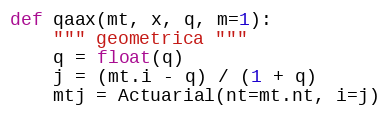
Language: Python
def qaax(mt, x, q, m=1):
    """ geometrica """
    q = float(q)
    j = (mt.i - q) / (1 + q)
    mtj = Actuarial(nt=mt.nt, i=j)